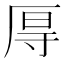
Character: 㕌